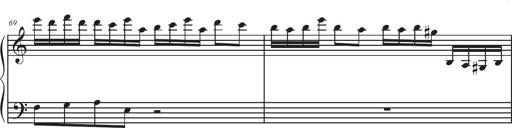
Title: Sonatina Espania
Composer: Jerald Franklin Archer
Key: Various